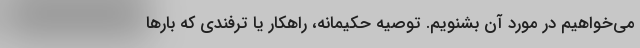
می‌خواهیم در مورد آن بشنویم. توصیه حکیمانه، راهکار یا ترفندی که بار‌ها